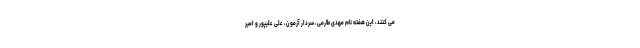
می کنند، این هفته نام مهدی طارمی، سردار آزمون، علی علیپور و امیر